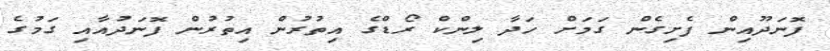
ފޮނަދޫއިން ފެށިގެން ގަމަށް ހަދާ ލިންކް ރޯޑްގެ އިތުރުން އިތުރުން ފޮނަދުއާއި ގަމުގެ